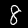
Label: 8